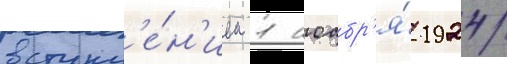
вступл'е́н'ием 1 ноабр'я́ 1924